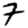
Digit: 7